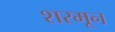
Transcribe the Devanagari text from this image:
शरमून